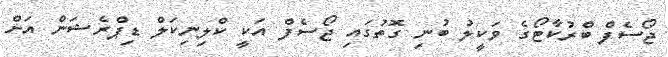
ޖޯސެފް ބްރުކާޓޯގެ ވަކީލު ބުނި ގޮތުގައި ޖޯސެފް އަކީ ކްލިނިކަލް ޑިޕްރެޝަން އަށް